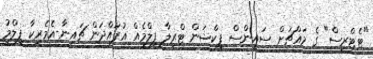
"ޓެޓްރިސް" ގެ މައްޗަށް ސައިންސް ފިކްޝަން ޓްރިލާ ފިލްމެއް އުފައްދަން ޗައިނާ-އެމެރިކާ ފިލްމު